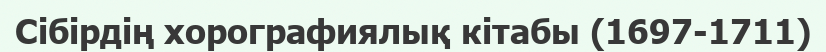
Сібірдің хорографиялық кітабы (1697-1711)